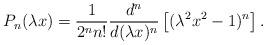
LaTeX: \begin{align*}P_{n}(\lambda x)= \dfrac{1}{2^{n}n!} \dfrac{d^{n}}{d(\lambda x)^{n}}\left[(\lambda^{2} x^{2}-1)^{n}\right].\end{align*}